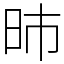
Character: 昁